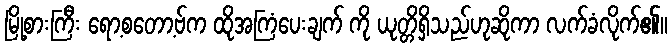
မြို့စားကြီး ရော့စတော့ဗ်က ထိုအကြံပေးချက် ကို ယုတ္တိရှိသည်ဟုဆိုကာ လက်ခံလိုက်၏။